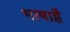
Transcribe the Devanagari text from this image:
भाषाहै